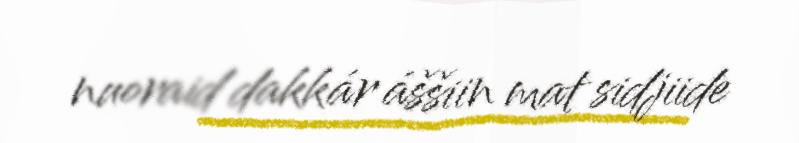
nuoraid dakkár áššiin mat sidjiide